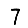
Digit: 7